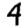
Digit: 4